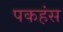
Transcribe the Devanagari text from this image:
पकहंस